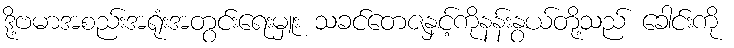
ဒို့ဗမာအစည်းအရုံးအတွင်းရေးမှူး သခင်တေဇနှင့်ကိုနန်းနွယ်တို့သည် ခေါင်းကို